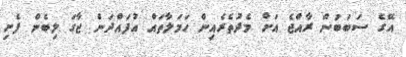
އޭގެ ސަަބަބުން ރާއްޖެ އަށް މެދުތެރެއިން ހަމަލާތައް އުފައްދަން ޖާގަ ލިބެން ފެށި